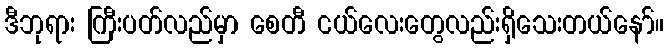
ဒီဘုရား ကြီးပတ်လည်မှာ စေတီ ငယ်လေးတွေလည်းရှိသေးတယ်နော်။